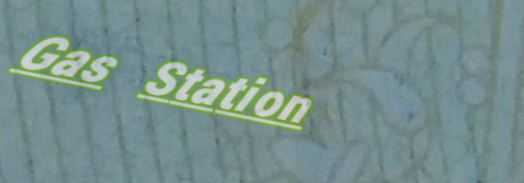
Gas Station